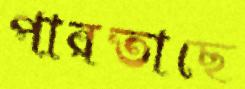
পারতাছে